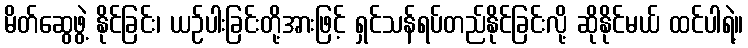
မိတ်ဆွေဖွဲ့ နိုင်ခြင်း၊ ယဉ်ပါးခြင်းတို့အားဖြင့် ရှင်သန်ရပ်တည်နိုင်ခြင်းလို့ ဆိုနိုင်မယ် ထင်ပါရဲ့။